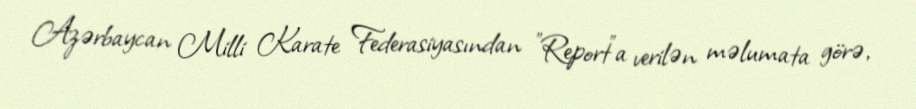
Azərbaycan Milli Karate Federasiyasından "Report"a verilən məlumata görə,